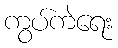
ကွပ်ကဲရေး